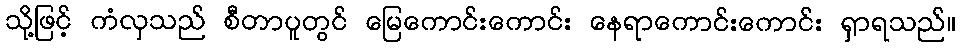
သို့ဖြင့် ကံလှသည် စီတာပူတွင် မြေကောင်းကောင်း နေရာကောင်းကောင်း ရှာရသည်။